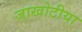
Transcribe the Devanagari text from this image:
जाखोटीया